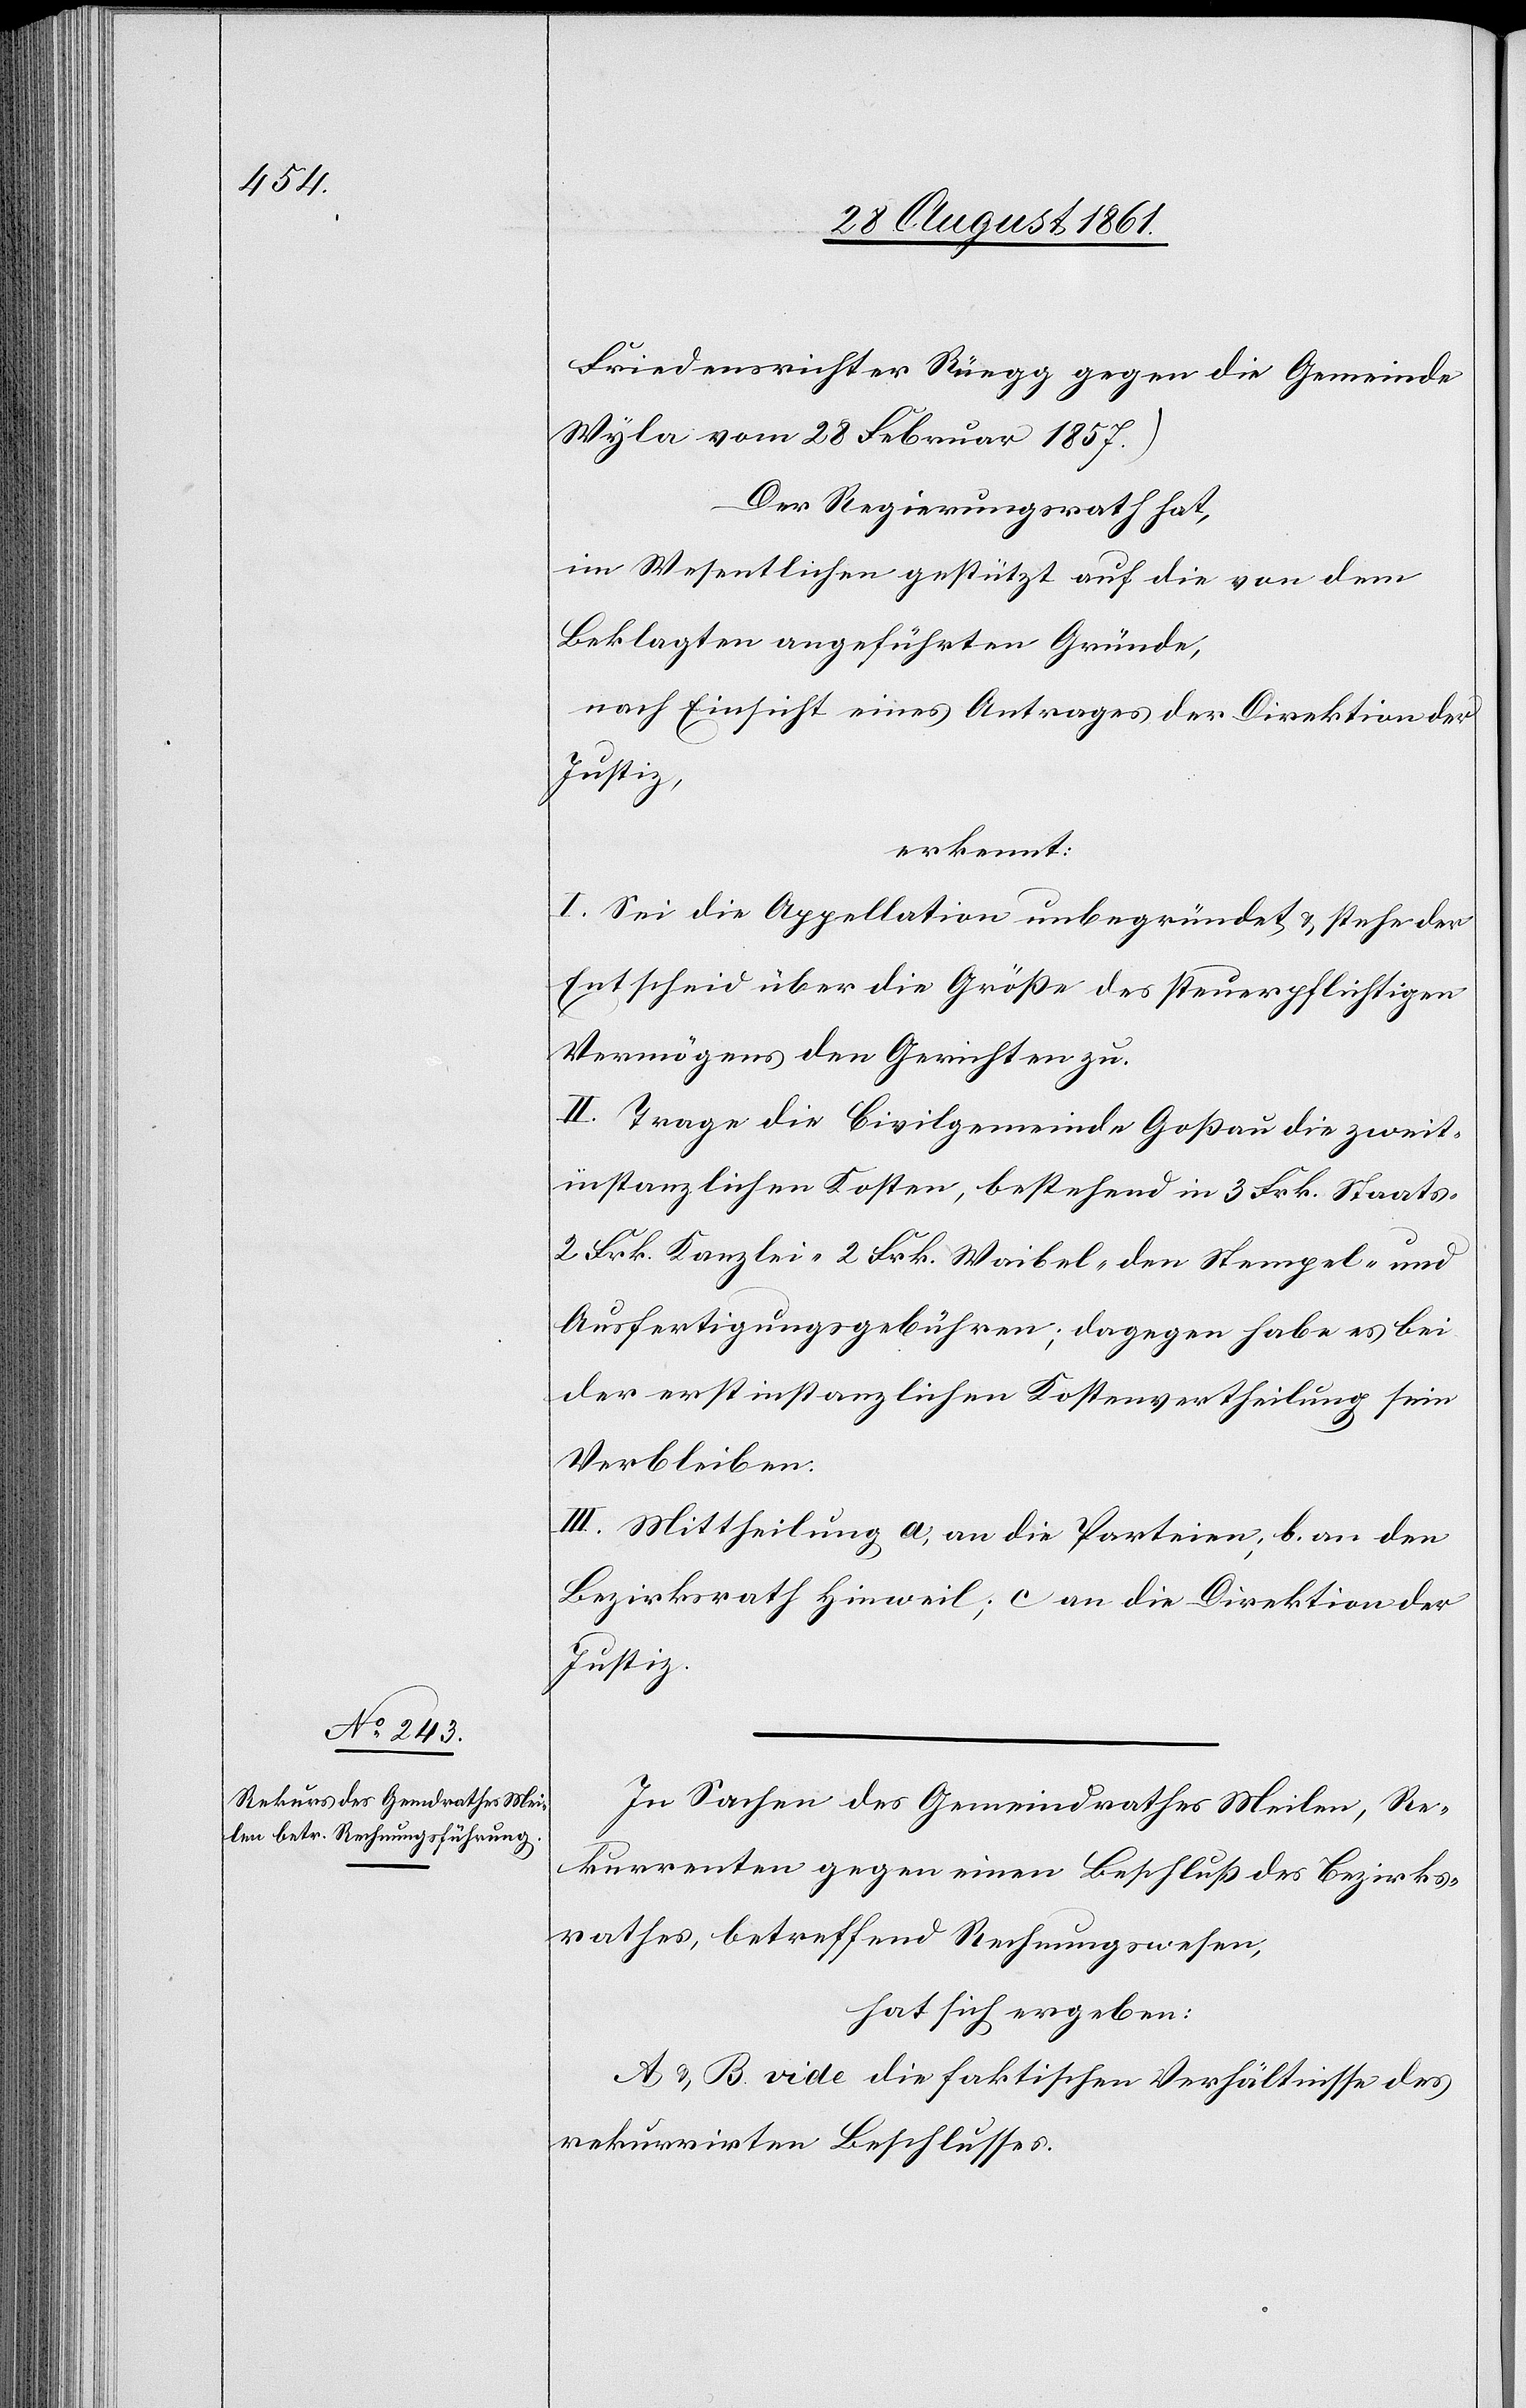
Friedensrichter Rüegg gegen die Gemeinde
Wyla vom 28 Februar 1857.)
Der Regierungsrath hat,
im Wesentlichen gestützt auf die von dem
Beklagten angeführten Gründe,
nach Einsicht eines Antrages der Direktion der
Justiz,
erkennt:
I. Sei die Appellation unbegründet u. stehe der
Entscheid über die Größe des steuerpflichtigen
Vermögens den Gerichten zu.
II. Trage die Civilgemeinde Goßau die zweit¬
instanzlichen Kosten bestehend in 3 Frk. Staats-
2 Frk. Kanzlei-[,] 2 Frk. Waibel-[,] den Stempel- und
Ausfertigungsgebühren; dagegen habe es bei
der erstinstanzlichen Kostenvertheilung sein
Verbleiben.
III. Mittheilung a, an die Parteien, b. an den
Bezirksrath Hinweil, c. an die Direktion der
Justiz.
In Sachen des Gemeindrathes Meilen, Re¬
kurrenten gegen einen Beschluß des Bezirks¬
rathes, betreffend Rechnungswesen,
hat sich ergeben:
A u. B vide die faktischen Verhältnisse des
rekurrirten Beschlusses.